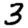
Digit: 3